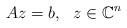
LaTeX: \begin{align*}A z = b , ~~ z \in \mathbb{C}^n\end{align*}